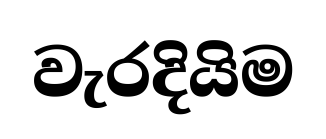
වැරදියිම